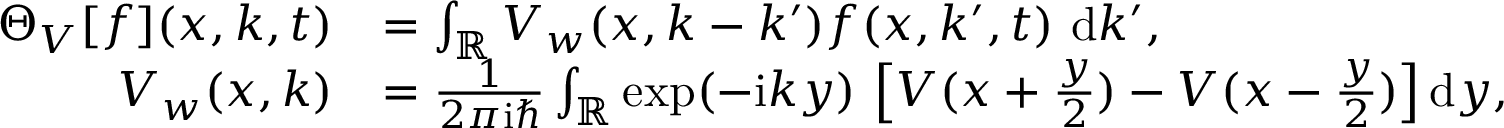
\begin{array} { r l } { \Theta _ { V } [ f ] ( x , k , t ) } & { = \int _ { \mathbb { R } } V _ { w } ( x , k - { k ^ { \prime } } ) f ( x , k ^ { \prime } , t ) ~ \mathrm { d } k ^ { \prime } , } \\ { V _ { w } ( x , k ) } & { = \frac { 1 } { 2 \pi \mathrm { i } \hbar } \int _ { \mathbb { R } } \exp ( - \mathrm { i } k y ) \, \left[ V ( x + \frac { y } { 2 } ) - V ( x - \frac { y } { 2 } ) \right] \mathrm { d } y , } \end{array}